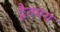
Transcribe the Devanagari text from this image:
द्वैतमय